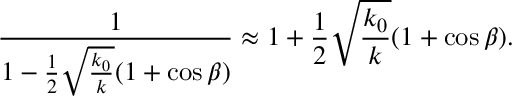
\frac { 1 } { 1 - \frac { 1 } { 2 } \sqrt { \frac { k _ { 0 } } { k } } ( 1 + \cos \beta ) } \approx 1 + \frac { 1 } { 2 } \sqrt { \frac { k _ { 0 } } { k } } ( 1 + \cos \beta ) .